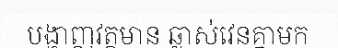
បង្ហាញវត្តមាន ឆ្លាស់វេនគ្នាមក